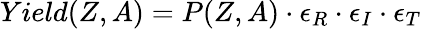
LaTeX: Yield(Z,A)=P(Z,A)\cdot\epsilon_{R}\cdot\epsilon_{I}\cdot\epsilon_{T}